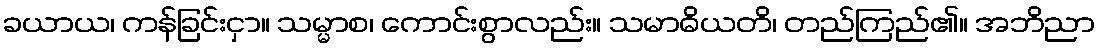
ခယာယ၊ ကန်ခြင်းငှာ။ သမ္မာစ၊ ကောင်းစွာလည်း။ သမာဓိယတိ၊ တည်ကြည်၏။ အဘိညာ